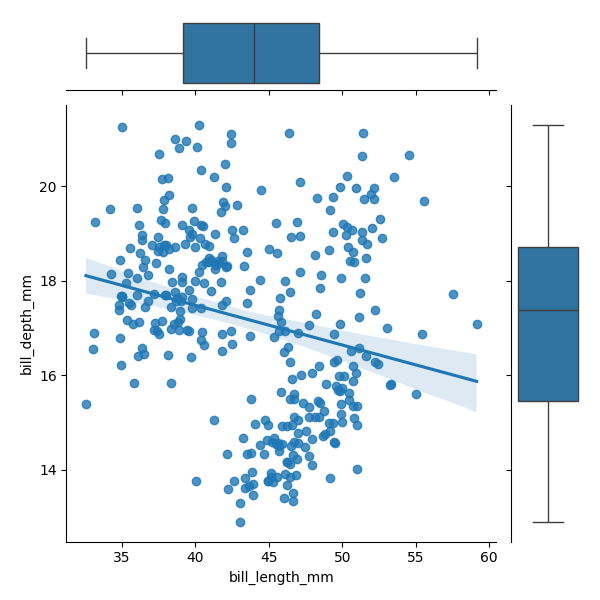
python, seaborn, JointGrid, regplot, boxplot